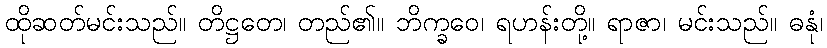
ထိုဆတ်မင်းသည်။ တိဋ္ဌတေ၊ တည်၏။ ဘိက္ခဝေ၊ ရဟန်းတို့။ ရာဇာ၊ မင်းသည်။ ဓနုံ၊